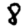
Digit: 8